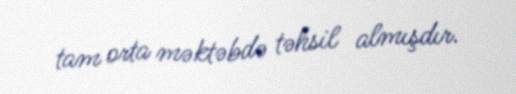
tam orta məktəbdə təhsil almışdır.